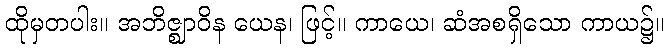
ထိုမှတပါး။ အဘိဇ္ဈာဝိန ယေန၊ ဖြင့်။ ကာယေ၊ ဆံအစရှိသော ကာယ၌။